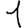
Digit: 1